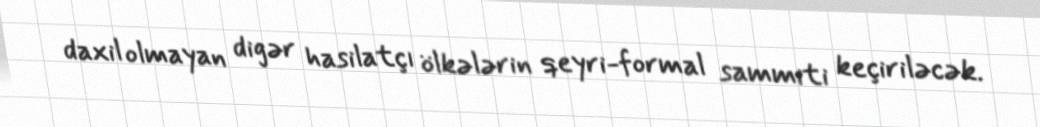
daxil olmayan digər hasilatçı ölkələrin qeyri-formal sammiti keçiriləcək.